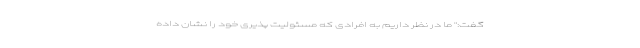
گفت:" ما در نظر داریم به افرادی که مسئولیت پذیری خود را نشان داده